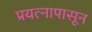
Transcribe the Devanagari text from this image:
प्रयत्‍नापासून